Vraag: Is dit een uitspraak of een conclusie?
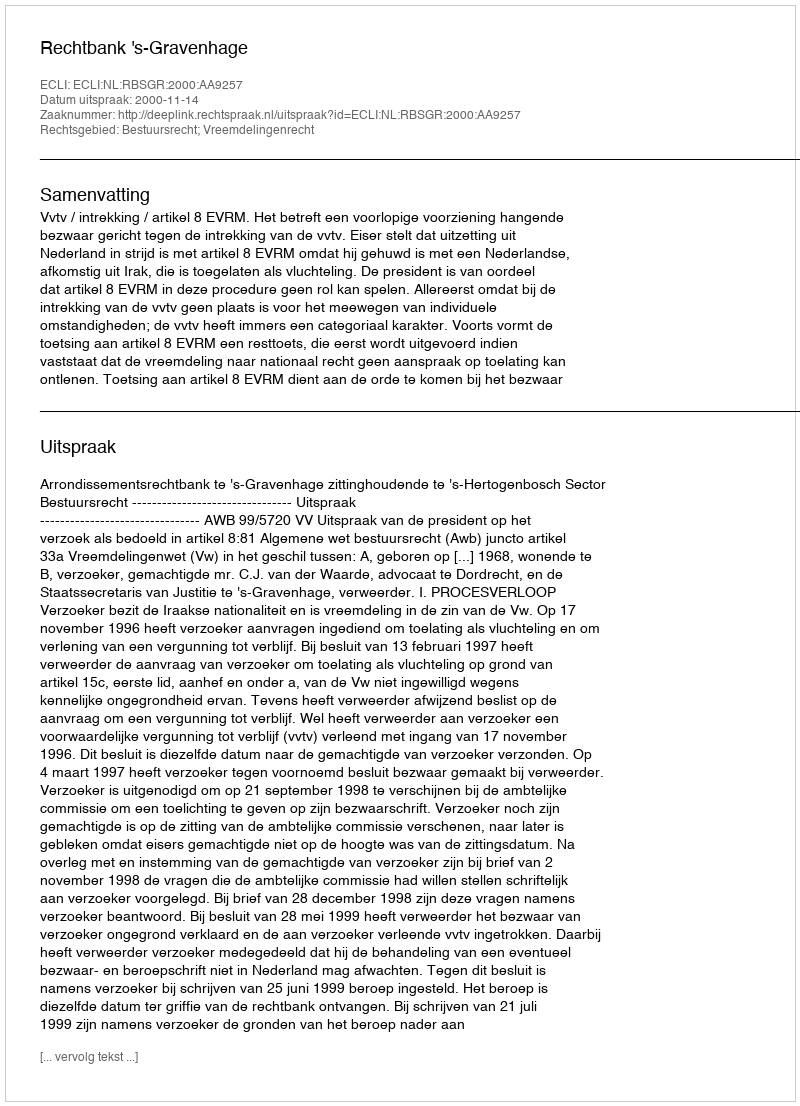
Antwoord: Uitspraak